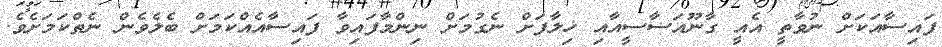
ފައިސާއަކަށް ނުވާތީ އެއީ ގާނޫއަސާސީއާއި ޚިލާފަށް ނެގުމަށް ނިންމާފައިވާ ފައިސާއެއްކަމަށް ބެލެވެން ނެތްކަމަށެވެ.